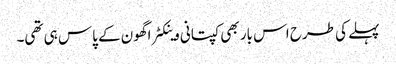
پہلے کی طرح اس بار بھی کپتانی وینکٹراگھون کے پاس ہی تھی۔